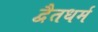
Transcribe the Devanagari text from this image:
द्वैतधर्म